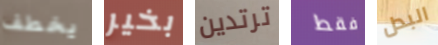
يخطف بخير ترتدين فقط البدل